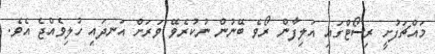
މައްޗަފުށީ ރިސޯޓްގައި އަލިފާން ރޯވެ ބޭނުން ނުކުރެވޭ ވަރަށް އަނދައި ހުލިވެއްޖެ އެވެ.